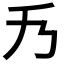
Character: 𠂍